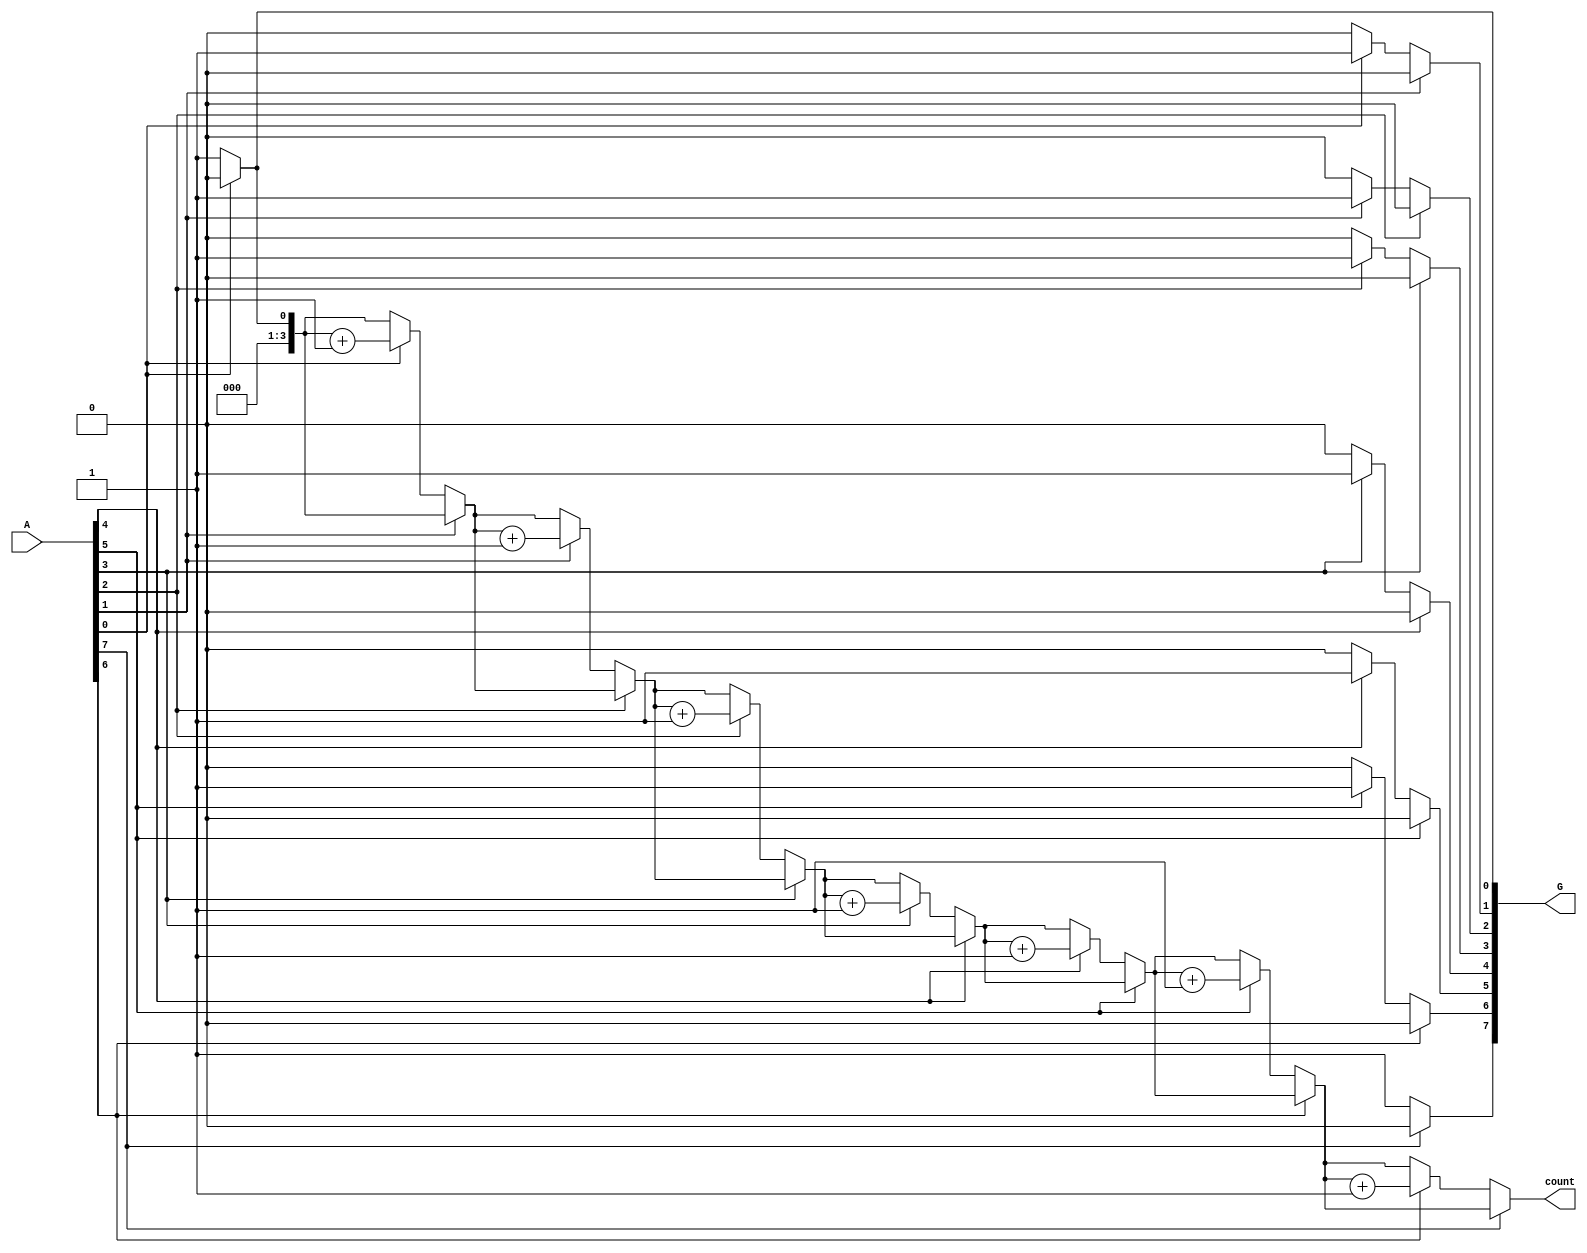
module grouping_of_zeros #(
    parameter N = 8 // Define the width of the input vector
)(
    input  wire [N-1:0] A,    // Input vector
    output reg  [N-1:0] G,     // Grouped output (binary representation)
    output reg  [3:0] count     // Count of contiguous zero groups
);

    integer i;
    reg in_zero_group;
    reg [N-1:0] temp_G; // Temporary storage for output
    reg [3:0] group_counter;

    always @(*) begin
        // Initialize outputs
        temp_G = 0;
        group_counter = 0;
        in_zero_group = 0;

        for (i = 0; i < N; i = i + 1) begin
            if (A[i] == 0) begin
                if (!in_zero_group) begin
                    // We found the start of a new zero group
                    in_zero_group = 1;
                    group_counter = group_counter + 1;
                    // Set the corresponding bit in temp_G for the start of the group
                    temp_G[i] = 1;
                end
            end else begin
                if (in_zero_group) begin
                    // We found the end of a zero group
                    in_zero_group = 0;
                end
            end
        end

        // If we are still in a zero group at the end, we need to mark it
        if (in_zero_group) begin
            temp_G[N-1] = 1; // Mark the last position as part of a group
        end

        // Assign outputs
        G = temp_G;
        count = group_counter;
    end

endmodule